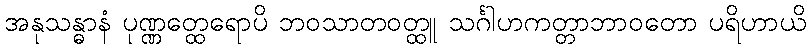
အနုသန္ဓာနံ ပုဏ္ဏတ္ထေရောပိ ဘဝသာတဝတ္ထူ သင်္ဂါဟကတ္တာဘာဝတော ပရိဟာယိ